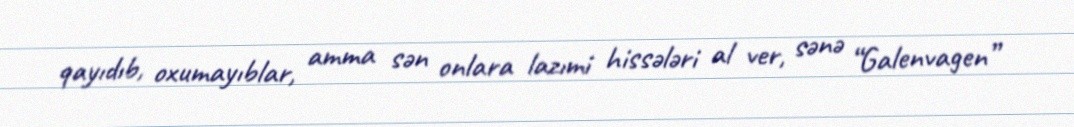
qayıdıb, oxumayıblar, amma sən onlara lazımi hissələri al ver, sənə “Galenvagen”